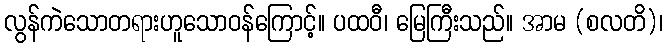
လွန်ကဲသောတရားဟူသောဝန်ကြောင့်။ ပထဝီ၊ မြေကြီးသည်။ အာမ (စလတိ)၊